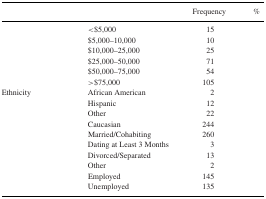
<table><thead><tr><td>[EMPTY_CELL]</td><td>[EMPTY_CELL]</td><td><b>Frequency</b></td><td><b>%</b></td></tr></thead><tbody><tr><td>[EMPTY_CELL]</td><td>&lt;$5,000</td><td>15</td><td>[EMPTY_CELL]</td></tr><tr><td>[EMPTY_CELL]</td><td>$5,000–10,000</td><td>10</td><td>[EMPTY_CELL]</td></tr><tr><td>[EMPTY_CELL]</td><td>$10,000–25,000</td><td>25</td><td>[EMPTY_CELL]</td></tr><tr><td>[EMPTY_CELL]</td><td>$25,000–50,000</td><td>71</td><td>[EMPTY_CELL]</td></tr><tr><td>[EMPTY_CELL]</td><td>$50,000–75,000</td><td>54</td><td>[EMPTY_CELL]</td></tr><tr><td>[EMPTY_CELL]</td><td>&gt;$75,000</td><td>105</td><td>[EMPTY_CELL]</td></tr><tr><td>Ethnicity</td><td>African American</td><td>2</td><td>[EMPTY_CELL]</td></tr><tr><td>[EMPTY_CELL]</td><td>Hispanic</td><td>12</td><td>[EMPTY_CELL]</td></tr><tr><td>[EMPTY_CELL]</td><td>Other</td><td>22</td><td>[EMPTY_CELL]</td></tr><tr><td>[EMPTY_CELL]</td><td>Caucasian</td><td>244</td><td>[EMPTY_CELL]</td></tr><tr><td>[EMPTY_CELL]</td><td>Married/Cohabiting</td><td>260</td><td>[EMPTY_CELL]</td></tr><tr><td>[EMPTY_CELL]</td><td>Dating at Least 3 Months</td><td>3</td><td>[EMPTY_CELL]</td></tr><tr><td>[EMPTY_CELL]</td><td>Divorced/Separated</td><td>13</td><td>[EMPTY_CELL]</td></tr><tr><td>[EMPTY_CELL]</td><td>Other</td><td>2</td><td>[EMPTY_CELL]</td></tr><tr><td>[EMPTY_CELL]</td><td>Employed</td><td>145</td><td>[EMPTY_CELL]</td></tr><tr><td>[EMPTY_CELL]</td><td>Unemployed</td><td>135</td><td>[EMPTY_CELL]</td></tr></tbody></table>